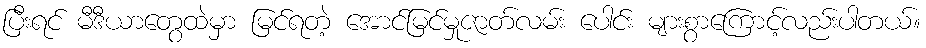
ပြီးရင် မီဒီယာတွေထဲမှာ မြင်ရတဲ့ အောင်မြင်မှုဇာတ်လမ်း ပေါင်း များစွာကြောင့်လည်းပါတယ်။